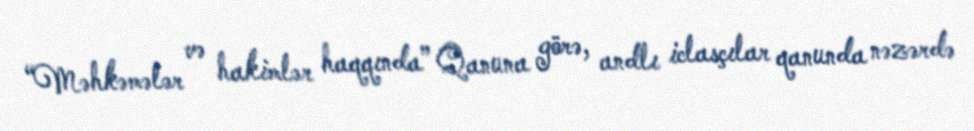
“Məhkəmələr və hakimlər haqqında” Qanuna görə, andlı iclasçılar qanunda nəzərdə